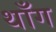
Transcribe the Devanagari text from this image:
थाँग